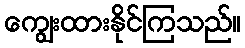
ကျွေးထားနိုင်ကြသည်။